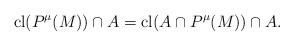
LaTeX: \begin{align*} {\rm cl}(P^\mu(M))\cap A={\rm cl}(A\cap P^\mu(M))\cap A.\end{align*}